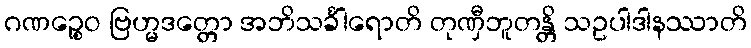
ဂဏဉ္စေဝ ဗြဟ္မဒတ္တော အဘိသင်္ခါရောတိ တုဏှီဘူတန္တိ သဥပါဒါနဿာတိ